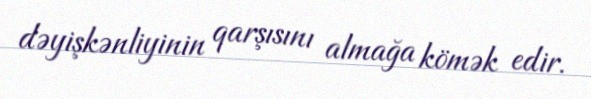
dəyişkənliyinin qarşısını almağa kömək edir.